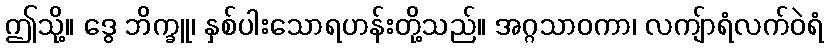
ဤသို့။ ဒွေ ဘိက္ခူ၊ နှစ်ပါးသောရဟန်းတို့သည်။ အဂ္ဂသာဝကာ၊ လကျ်ာရံလက်ဝဲရံ